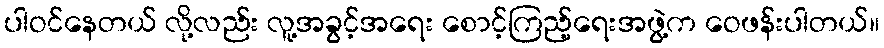
ပါဝင်နေတယ် လို့လည်း လူ့အခွင့်အရေး စောင့်ကြည့်ရေးအဖွဲ့က ဝေဖန်းပါတယ်။